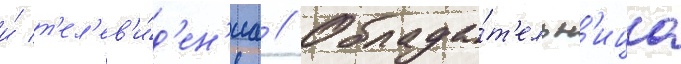
и́ т'ел'ев'и́д'ен'иа // Облада́т'ельн'ица